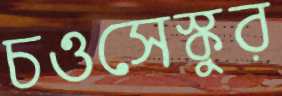
চওসেস্কুর